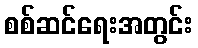
စစ်ဆင်ရေးအတွင်း